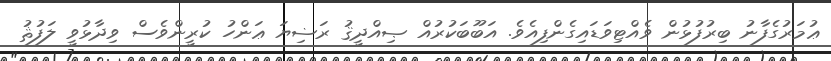
ޢުމަރުގެފާނު ބިރުފުޅުން ވެއްޓިވަޑައިގެންފިއެވެ. އަބޫބަކުރުއް ޞިއްދީޤު ރަޟިޔަ ޢަންހު ކުރީންވެސް ވިދާޅުވީ ލަފުޘު